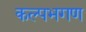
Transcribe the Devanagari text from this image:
कल्पभगण